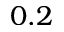
0 . 2